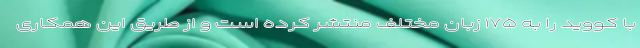
با کووید را به ۱۷۵ زبان مختلف منتشر کرده است و از طریق این همکاری